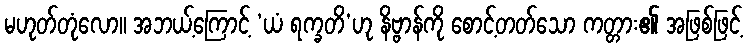
မဟုတ်တုံလော။ အဘယ့်ကြောင့် ‘ယံ ရက္ခတိ’ဟု နိဗ္ဗာန်ကို စောင့်တတ်သော ကတ္တား၏ အဖြစ်ဖြင့်